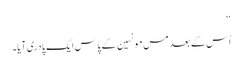
‘‘
اُس کے بعد مس مونسین کے پاس ایک پادری آیا۔